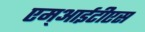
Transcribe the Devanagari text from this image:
एम्आईटीएस